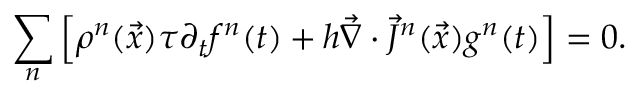
\sum _ { n } \left[ \rho ^ { n } ( \vec { x } ) \tau \partial _ { t } f ^ { n } ( t ) + h \vec { \nabla } \cdot \vec { J } ^ { n } ( \vec { x } ) g ^ { n } ( t ) \right] = 0 .